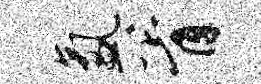
氲胥